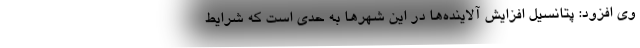
وی افزود: پتانسیل افزایش آلاینده‌ها در این شهر‌ها به حدی است که شرایط